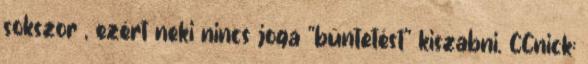
sokszor , ezért neki nincs joga "büntetést" kiszabni. CCnick: